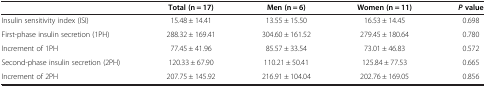
<table><thead><tr><td><b> </b></td><td><b>Total (n = 17)</b></td><td><b>Men (n = 6)</b></td><td><b>Women (n = 11)</b></td><td><b><i>P</i>value</b></td></tr></thead><tbody><tr><td>Insulin sensitivity index (ISI)</td><td>15.48 ± 14.41</td><td>13.55 ± 15.50</td><td>16.53 ± 14.45</td><td>0.698</td></tr><tr><td>First-phase insulin secretion (1PH)</td><td>288.32 ± 169.41</td><td>304.60 ± 161.52</td><td>279.45 ± 180.64</td><td>0.780</td></tr><tr><td>Increment of 1PH</td><td>77.45 ± 41.96</td><td>85.57 ± 33.54</td><td>73.01 ± 46.83</td><td>0.572</td></tr><tr><td>Second-phase insulin secretion (2PH)</td><td>120.33 ± 67.90</td><td>110.21 ± 50.41</td><td>125.84 ± 77.53</td><td>0.665</td></tr><tr><td>Increment of 2PH</td><td>207.75 ± 145.92</td><td>216.91 ± 104.04</td><td>202.76 ± 169.05</td><td>0.856</td></tr></tbody></table>